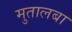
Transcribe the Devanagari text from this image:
मुतालबा